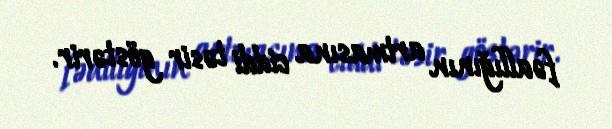
fəallığının artmasına ciddi təsir göstərir.